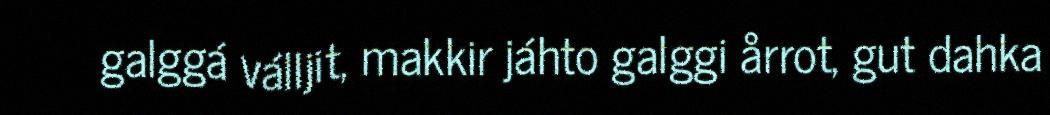
galggá válljit, makkir jáhto galggi årrot, gut dahka